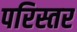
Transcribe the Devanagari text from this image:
परिस्तर